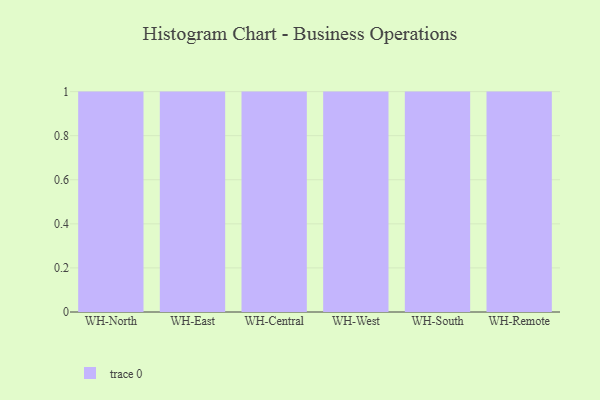
{"axis": {"x": "Warehouse", "y": "Waste Production (Tons)"}, "legend": [""], "data": [{"x": "WH-North", "y": 79, "type": ""}, {"x": "WH-East", "y": 39, "type": ""}, {"x": "WH-Central", "y": 64, "type": ""}, {"x": "WH-West", "y": 80, "type": ""}, {"x": "WH-South", "y": 82, "type": ""}, {"x": "WH-Remote", "y": 61, "type": ""}]}